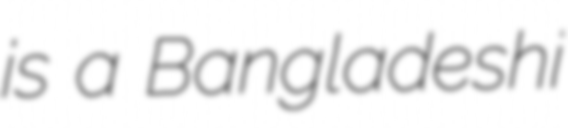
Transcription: is a Bangladeshi